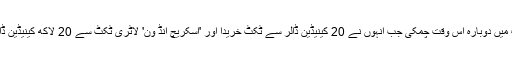
میل ہِگ کی قسمت اگست میں دوبارہ اس وقت چمکی جب انہوں نے 20 کینیڈین ڈالر سے ٹکٹ خریدا اور 'اسکریچ انڈ وِن' لاٹری ٹکٹ سے 20 لاکھ کینیڈین ڈالر کا جیک پوٹ جیت لیا۔